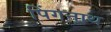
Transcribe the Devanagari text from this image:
पिंगनाथ